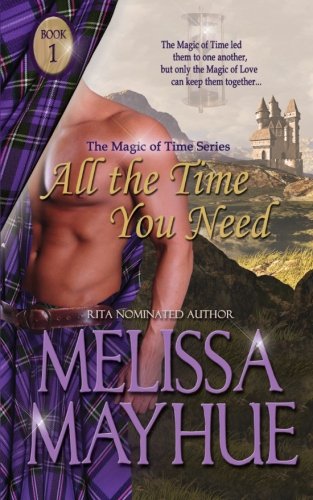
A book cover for All The Time You Need (Magic of Time) (Volume 1); Melissa Mayhue; Romance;